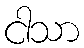
ငါသာ